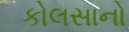
કોલસાનો